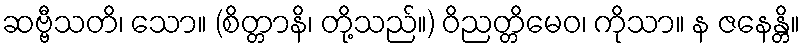
ဆဗ္ဗီသတိ၊ သော။ (စိတ္တာနိ၊ တို့သည်။) ဝိညတ္တိမေဝ၊ ကိုသာ။ န ဇနေန္တိ။